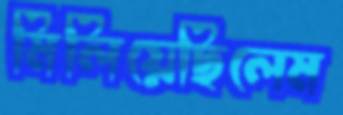
মিলিয়েছিলেম